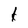
Character: k